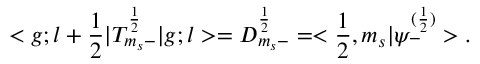
< g ; l + \frac { 1 } { 2 } | T _ { m _ { s } - } ^ { \frac { 1 } { 2 } } | g ; l > = D _ { m _ { s } - } ^ { \frac { 1 } { 2 } } = < \frac { 1 } { 2 } , m _ { s } | { \psi } _ { - } ^ { ( \frac { 1 } { 2 } ) } > .